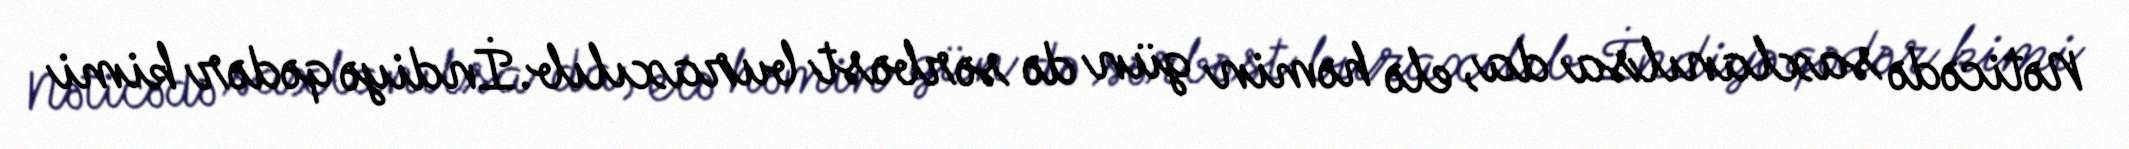
Nəticədə saxlanılsa da, elə həmin gün də sərbəst buraxılıb.İndiyə qədər kimi